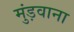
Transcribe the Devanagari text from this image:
मुंड़वाना